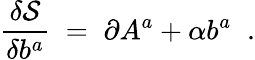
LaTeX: \frac{\delta\mathcal{S}}{\delta b^{a}}\; =\; \partial A^{a}+\alpha b^{a}\; \; .